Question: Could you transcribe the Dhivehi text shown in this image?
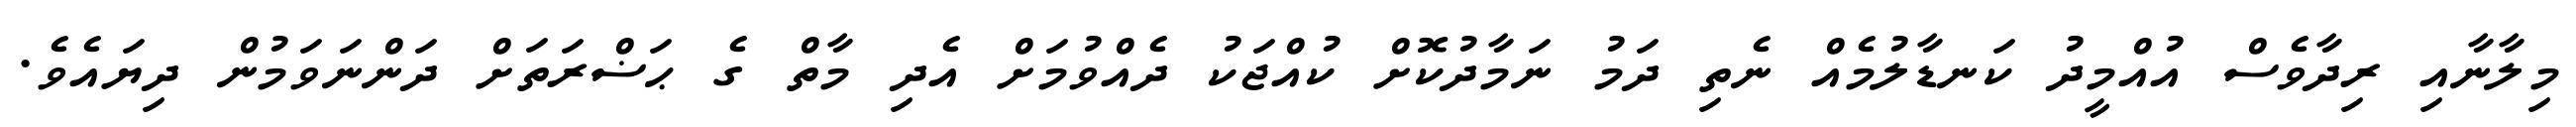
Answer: މިލާނާއި ރިދާވެސް އުއްމީދު ކަނޑާލުމެއް ނެތި ދަމު ނަމާދުކޮށް ކުއްޖަކު ދެއްވުމަށް އެދި މާތް ގެ ޙަޟްރަތަށް ދަންނަވަމުން ދިޔައެވެ.